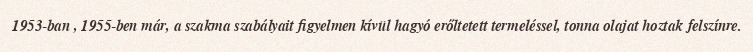
1953-ban , 1955-ben már, a szakma szabályait figyelmen kívül hagyó erőltetett termeléssel, tonna olajat hoztak felszínre.